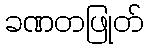
ခဏတဖြုတ်